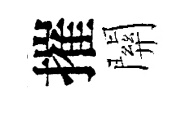
摧關